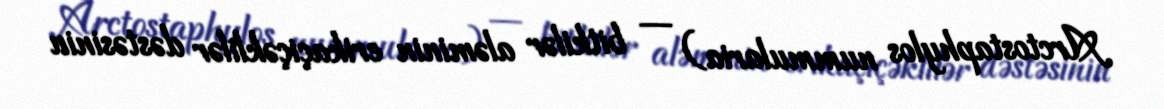
Arctostaphylos nummularia) — bitkilər aləminin erikaçiçəklilər dəstəsinin